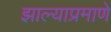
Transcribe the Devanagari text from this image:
झाल्याप्रमाणे